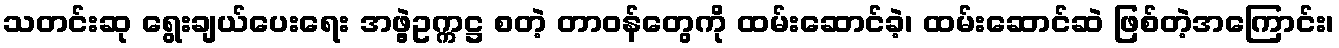
သတင်းဆု ရွေးချယ်ပေးရေး အဖွဲ့ဥက္ကဋ္ဌ စတဲ့ တာဝန်တွေကို ထမ်းဆောင်ခဲ့၊ ထမ်းဆောင်ဆဲ ဖြစ်တဲ့အကြောင်း၊